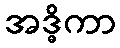
အဒ္ဓိကာ